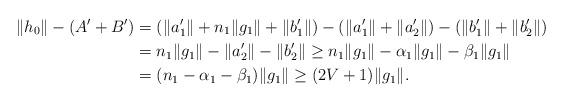
LaTeX: \begin{align*}\|h_0\|-(A'+B')&= (\|a_1'\|+n_1\|g_1\|+\|b_1'\|) - (\|a_1'\|+\|a_2'\|) - (\|b_1'\|+\|b_2'\|)\\&= n_1\|g_1\|-\|a_2'\|-\|b_2'\|\ge n_1\|g_1\|-\alpha_1\|g_1\|-\beta_1\|g_1\|\\&=(n_1-\alpha_1-\beta_1)\|g_1\|\ge (2V+1) \|g_1\|.\end{align*}